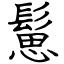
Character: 䰄